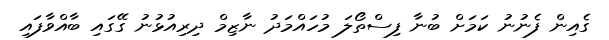
ގެއިން ފެނުނު ކަމަށް ބުނާ ފިސްތޯލަ މުހައްމަދު ނާޒިމް ދިރިއުޅުނު ގޭގައި ބާއްވާފައި